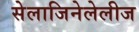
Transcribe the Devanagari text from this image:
सेलाजिनेलेलीज